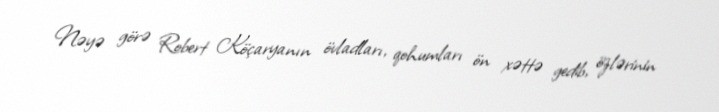
Nəyə görə Robert Köçaryanın övladları, qohumları ön xəttə gedib, özlərinin